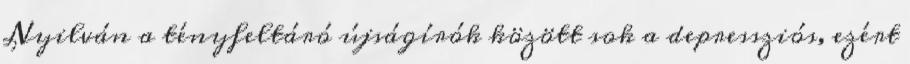
Nyilván a tényfeltáró újságírók között sok a depressziós, ezért